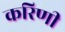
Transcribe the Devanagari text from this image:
करिणी